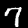
Label: 7